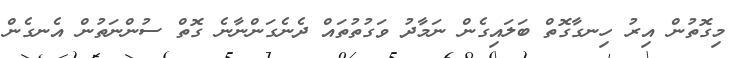
މިގޮތުން އިރު ހިނގާގޮތް ބަލައިގެން ނަމާދު ވަގުތުތައް ދެނެގަންނާނެ ގޮތް ސުންނަތުން އެނގެން